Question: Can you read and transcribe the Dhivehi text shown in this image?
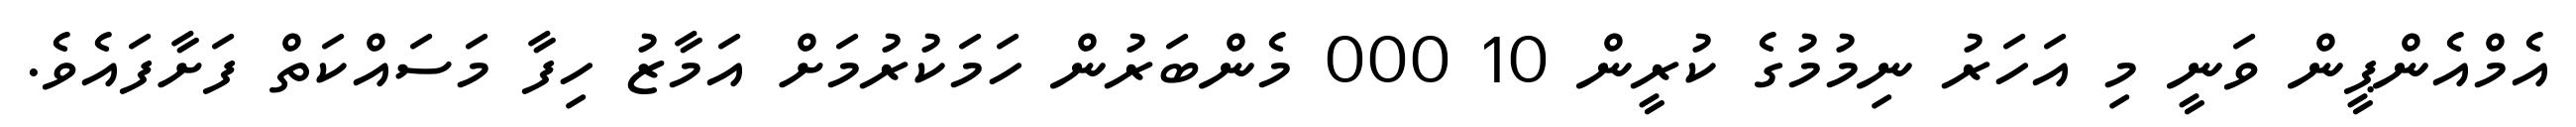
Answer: އެމްއެންޕީން ވަނީ މި އަހަރު ނިމުމުގެ ކުރީން 10 000 މެންބަރުން ހަމަކުރުމަށް އަމާޒު ހިފާ މަސައްކަތް ފަށާފައެވެ.